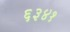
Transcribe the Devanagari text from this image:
६३४१